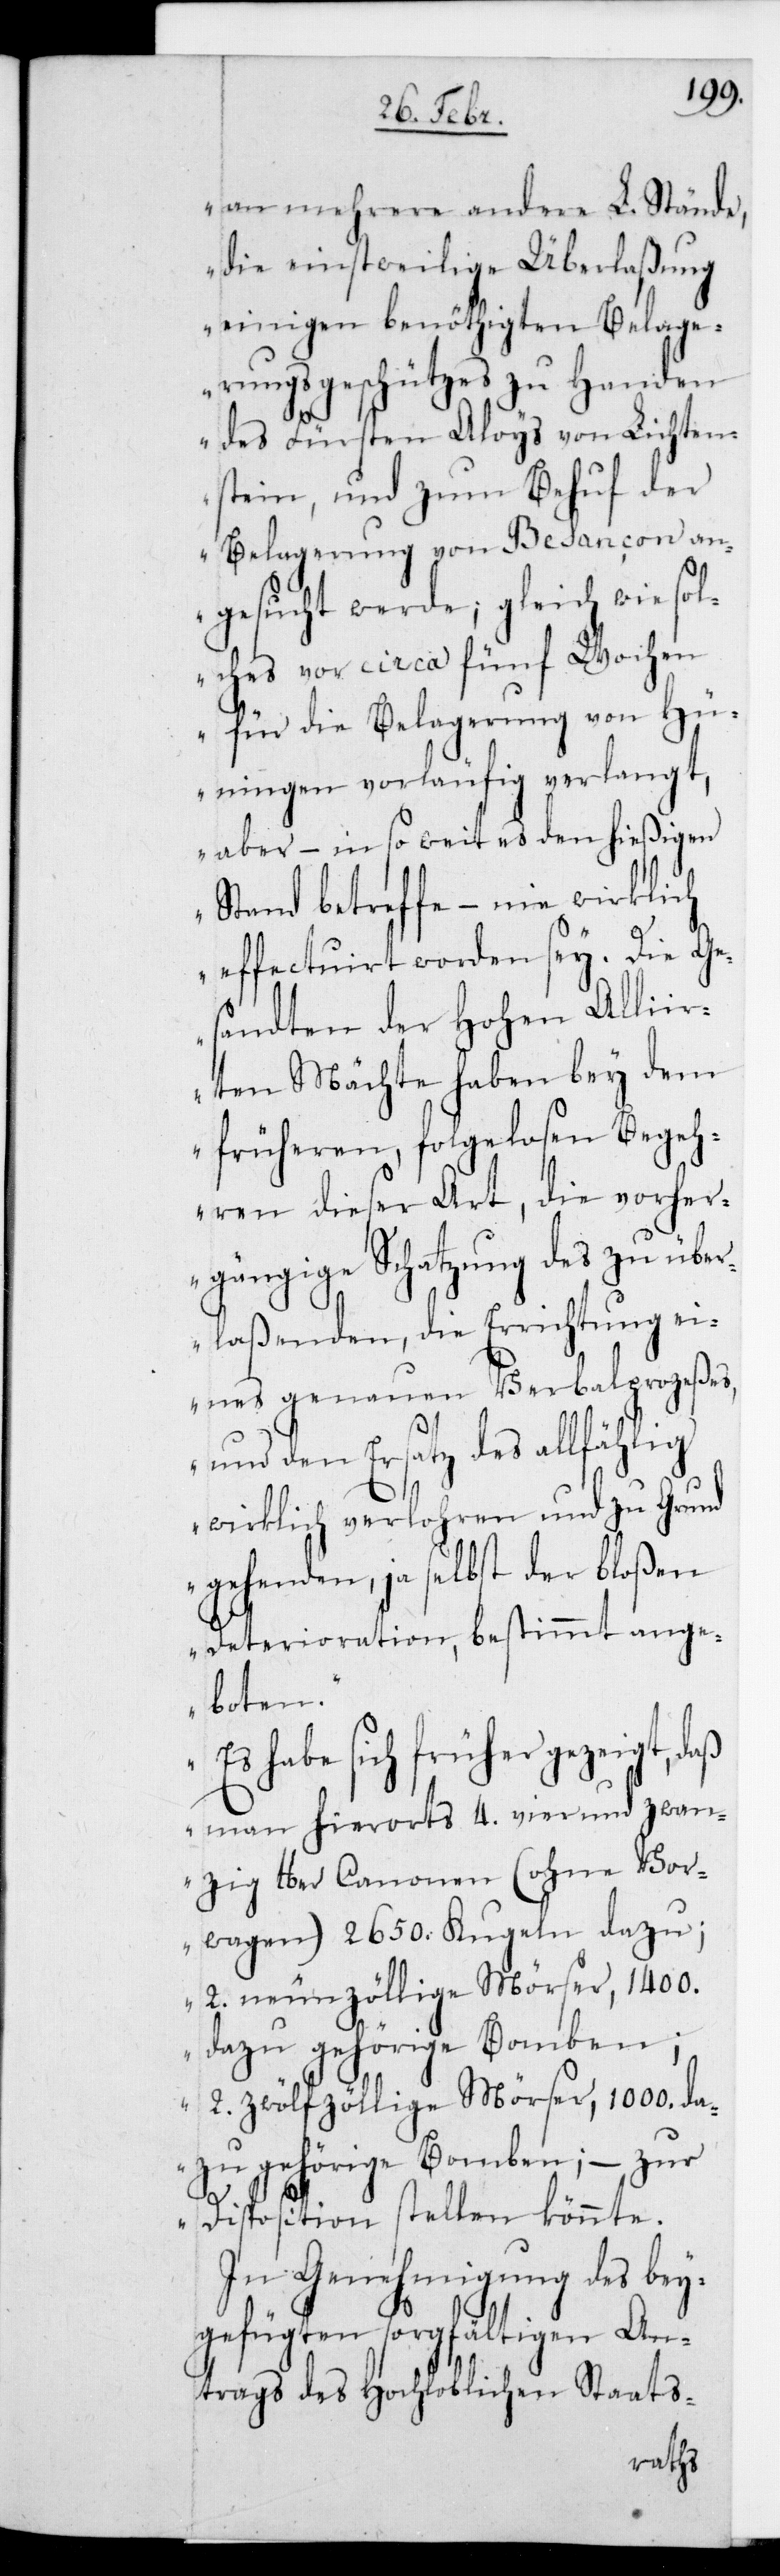
an mehrere andere L. Stände,
die einstweilige Überlaßung
einigen benöthigten Belage¬
rungs-Geschützes zu Handen
des Fürsten Aloys von Lichtens¬
tein, und zum Behuf der
Belagerung von Besançon an¬
gesucht werde; gleich wie sol¬
ches vor circa fünf Wochen
für die Belagerung von Hü¬
ningen vorläufig verlangt,
aber – in so weit des den hießigen
Stand betreffe – nie wirklich
effectuirt worden sei. Die Ge¬
sandten der Hohen Allii¬
erten Mächte haben bey dem
früheren, folgelosen Begeh¬
ren dieser Art, die vorher¬
gängige Schatzung des zu über¬
laßenden, die Errichtung ei¬
nes genauen Verbalprozeßes,
und den Ersatz des allfählig
wirklich verloren und zu Grund¬
gehenden, ja selbst der bloßen
Deterioration, bestimmt ange¬
boten.
Es habe sich früher gezeigt, daß
man hierorts 4. vier und zwan¬
zig lber Canonen (ohne Vor¬
wagen), 2650. Kugeln dazu;
2. neunzöllige Mörser, 1400.
dazu gehörige Bomben;
2. zwölfzöllige Mörser, 1000. da¬
zu gehörige Bomben; – zur
Disposition stellen könnte.
In Genehmigung des bey¬
gefügten sorgfältigen An¬
trags des Hochloblichen Staats-